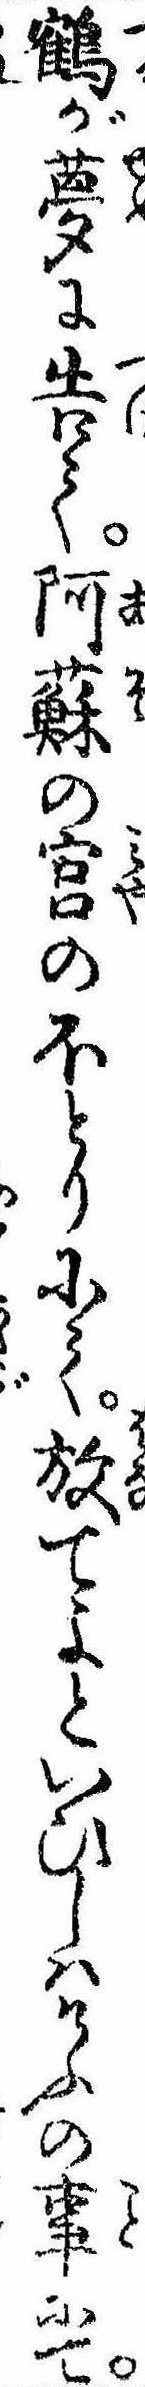
鶴が夢に告て阿蘇の宮のほとりにて放てよといひしはけふの事にて